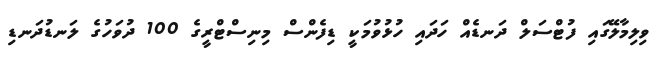
ވިލިމާލޭގައި ފުޓްސަލް ދަނޑެއް ހަދައި ހުޅުވުމަކީ ޑިފެންސް މިނިސްޓްރީގެ 100 ދުވަހުގެ ލަނޑުދަނޑި